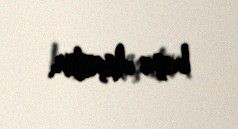
başa düşülür.